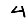
Digit: 4